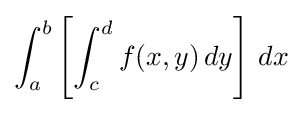
\int _{a}^{b}\left[\int _{c}^{d}f(x,y)\,dy\right]\,dx